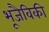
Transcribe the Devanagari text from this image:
भूजैविकी